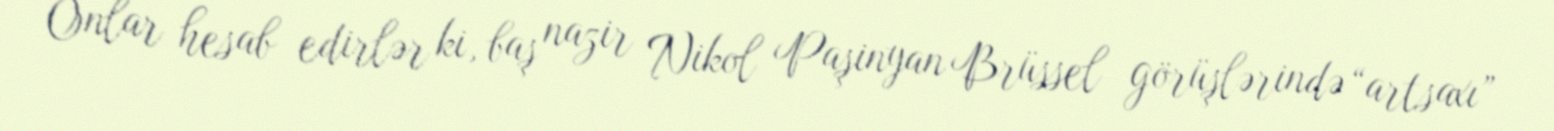
Onlar hesab edirlər ki, baş nazir Nikol Paşinyan Brüssel görüşlərində “artsaxı”